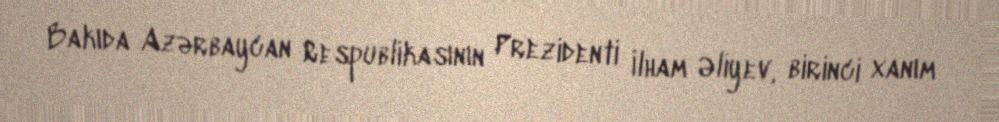
Bakıda Azərbaycan Respublikasının Prezidenti İlham Əliyev, birinci xanım